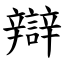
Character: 辯